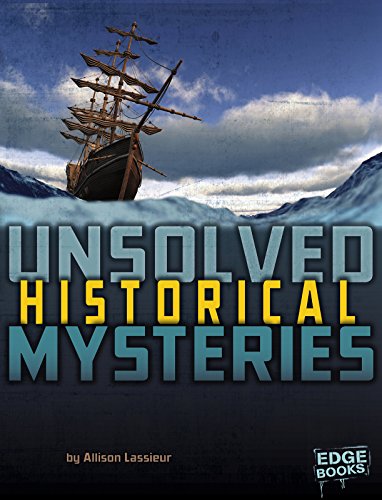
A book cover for Unsolved Historical Mysteries (Unsolved Mystery Files); Allison Lassieur; Children's Books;